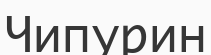
Чипурин